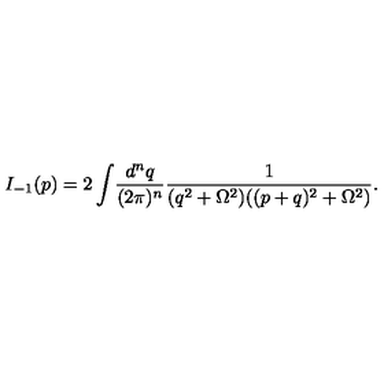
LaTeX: I _ { - 1 } ( p ) = 2 \int \! \frac { d ^ { n } q } { ( 2 \pi ) ^ { n } } \frac { 1 } { ( q ^ { 2 } + \Omega ^ { 2 } ) ( ( p + q ) ^ { 2 } + \Omega ^ { 2 } ) } .